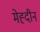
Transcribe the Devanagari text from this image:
मेह्दीन